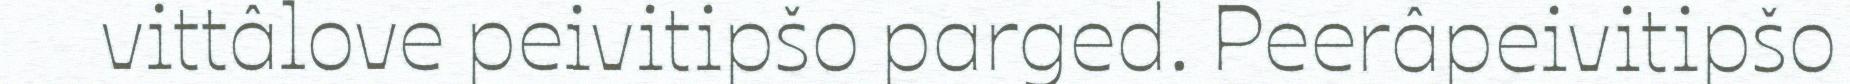
vittâlove peivitipšo parged. Peerâpeivitipšo